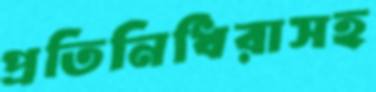
প্রতিনিধিরাসহ